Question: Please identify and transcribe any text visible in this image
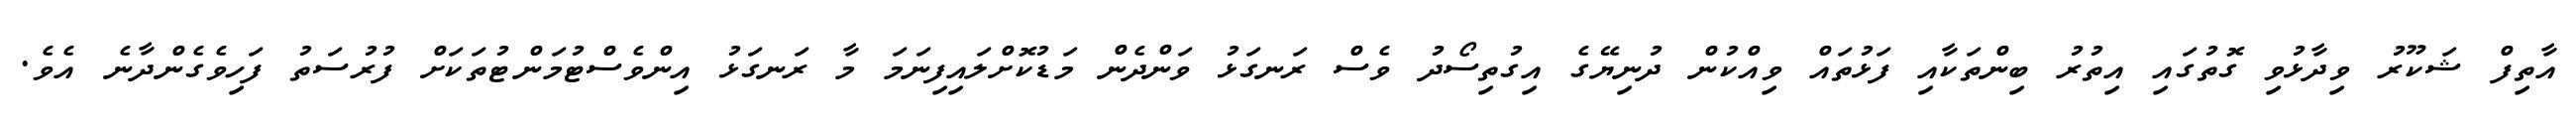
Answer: އާތިފް ޝަކޫރު ވިދާޅުވި ގޮތުގައި އިތުރު ބިންތަކާއި ފަޅުތައް ވިއްކުން ދުނިޔޭގެ އިގުތިސޯދު ވެސް ރަނގަޅު ވަންދެން މަޑުކޮށްލައިފިނަމަ މާ ރަނގަޅު އިންވެސްޓުމަންޓުތަކަށް ފުރުސަތު ފަހިވެގެންދާނެ އެވެ.